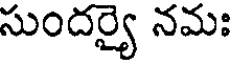
సుందర్యై నమః